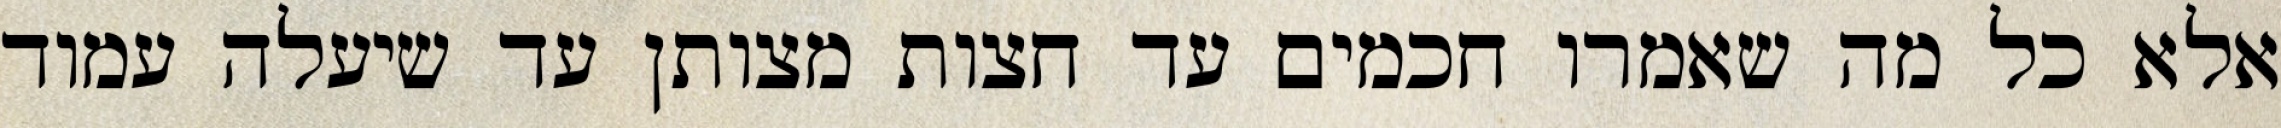
אלא כל מה שאמרו חכמים עד חצות מצותן עד שיעלה עמוד